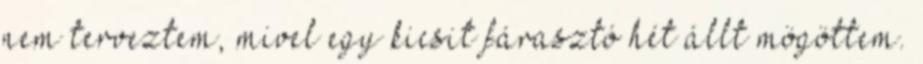
nem terveztem, mivel egy kicsit fárasztó hét állt mögöttem.